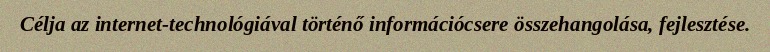
Célja az internet-technológiával történő információcsere összehangolása, fejlesztése.